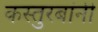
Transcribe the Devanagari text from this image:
कस्तुरबांनी